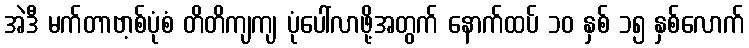
အဲဒီ မက်တာဗာ့စ်ပုံစံ တိတိကျကျ ပုံပေါ်လာဖို့အတွက် နောက်ထပ် ၁၀ နှစ် ၁၅ နှစ်လောက်